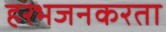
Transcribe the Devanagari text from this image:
हरभजनकरता